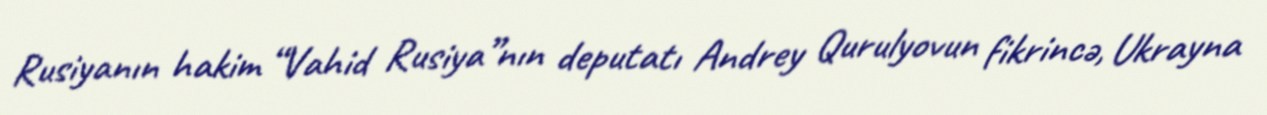
Rusiyanın hakim “Vahid Rusiya”nın deputatı Andrey Qurulyovun fikrincə, Ukrayna